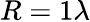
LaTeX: R=1\lambda